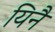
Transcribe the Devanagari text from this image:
यिनै